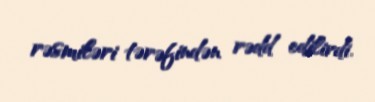
rəsmiləri tərəfindən rədd edilirdi.